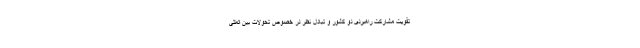
تقویت مشارکت راهبردی دو کشور و تبادل نظر در خصوص تحولات بین المللی